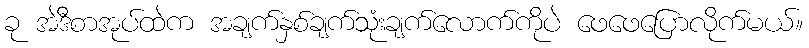
ခု အဲဒီစာအုပ်ထဲက အချက်နှစ်ချက်သုံးချက်လောက်ကိုပဲ ဖေဖေပြောလိုက်မယ်။